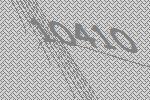
10410